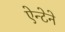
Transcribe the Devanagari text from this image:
ऐन्टेने